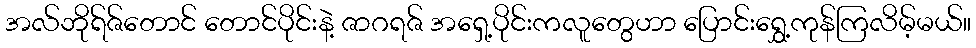
အလ်ဘိုရ်ဇ်တောင် တောင်ပိုင်းနဲ့ ဇာဂရဇ် အရှေ့ပိုင်းကလူတွေဟာ ပြောင်းရွှေ့ကုန်ကြလိမ့်မယ်။